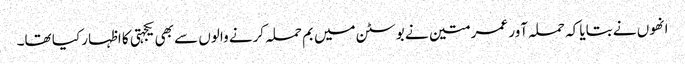
انھوں نے بتایا کہ حملہ آور عمر متین نے بوسٹن میں بم حملہ کرنے والوں سے بھی یکجہتی کا اظہار کیا تھا۔